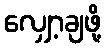
လျှော့ချဖို့